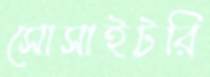
সোসাইটরি